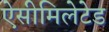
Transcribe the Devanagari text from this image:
ऐसीमिलेटेड